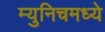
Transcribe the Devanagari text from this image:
म्युनिचमध्ये